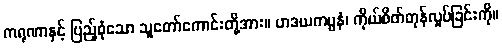
ကရုဏာနှင့် ပြည့်စုံသော သူတော်ကောင်းတို့အား။ ဟဒယကမ္ပနံ၊ ကိုယ်စိတ်တုန်လှုပ်ခြင်းကို။